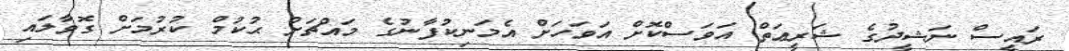
ރައީސް ނަޝީދުގެ ޝަރީޢަތް އަވަސްކޮށް އަވަހަށް އެމަނިކުފާނުގެ މައްޗަށް ޙުކުމް ކުރުމަށް ގޮވާލައި